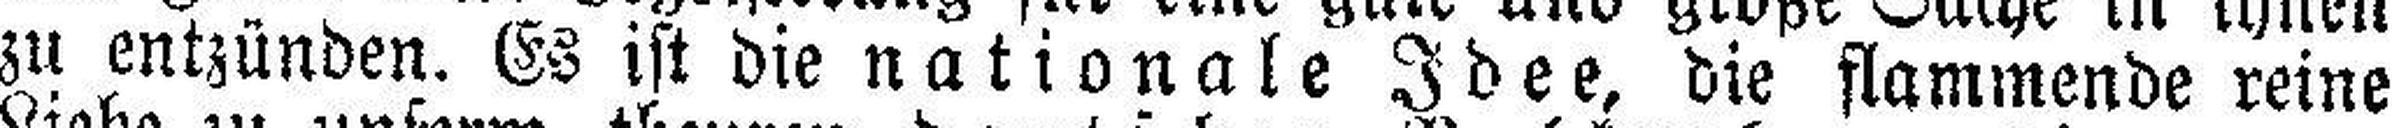
zu entzünden. Es ist die nationale Idee, die flammende reine